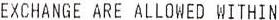
EXCHANGE ARE ALLOWED WITHIN